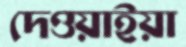
দেওয়াইয়া